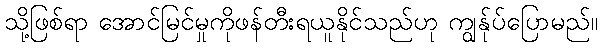
သို့ဖြစ်ရာ အောင်မြင်မှုကိုဖန်တီးရယူနိုင်သည်ဟု ကျွန်ုပ်ပြောမည်။